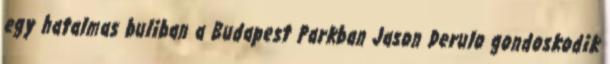
egy hatalmas buliban a Budapest Parkban Jason Derulo gondoskodik